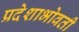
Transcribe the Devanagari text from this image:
प्रदेशाभोवती